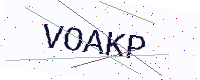
Text: VOAKP